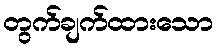
တွက်ချက်ထားသော